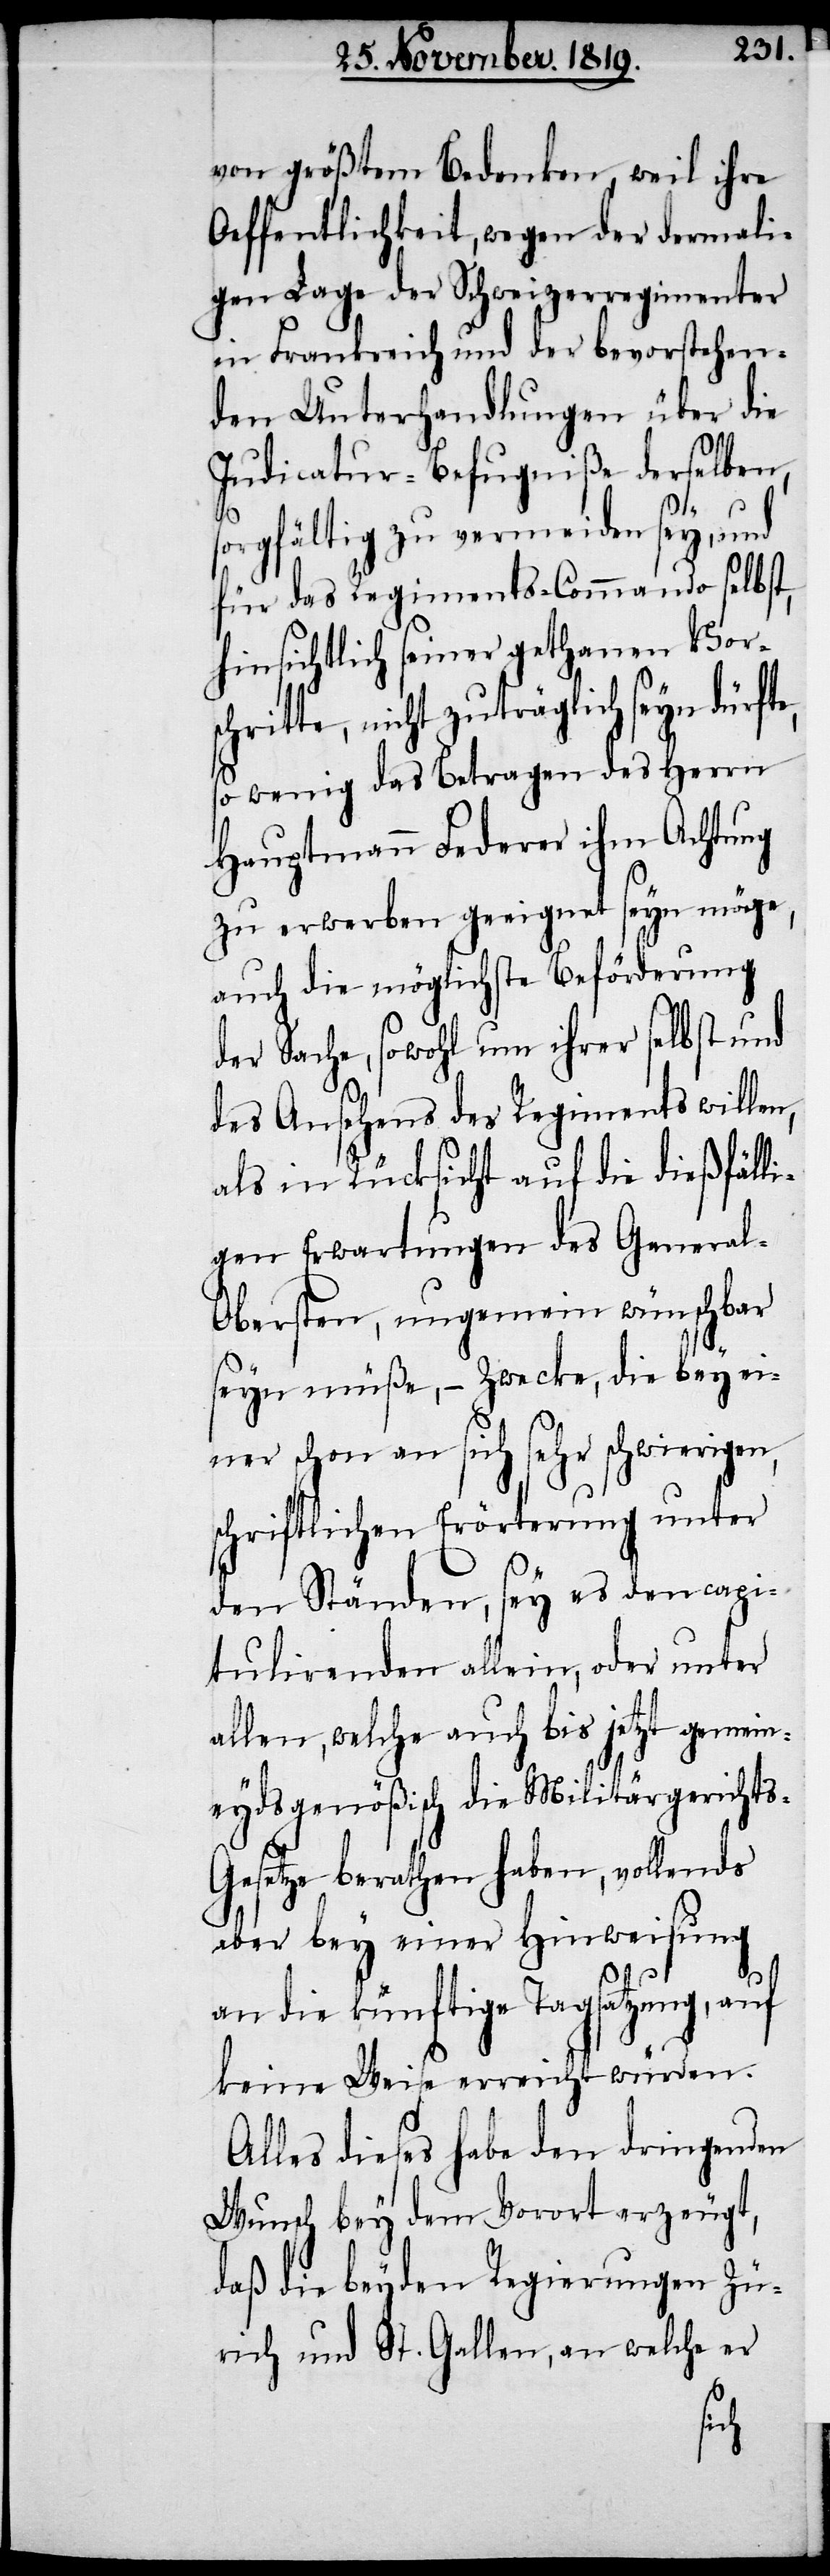
von größtem Bedenken, weil ihre
Oeffentlichkeit, wegen der dermali¬
gen Lage der Schweizerregimenter
in Frankreich und der bevorstehen¬
den Unterhandlungen über die
Iudicatur-Befugniße derselben,
orgfältig zu vermeiden sey, und
für das Regiments-Commando selbst,
hinsichtlich seiner gethanen Vors¬
ritte, nicht zuträglich seyn dürf¬
so wenig das Betragen des Herrn
Hauptmann Federer ihm Achtung
zu erwerben geeignet seyn möge,
auch die möglichste Beförderung
der Sache, sowohl um ihrer selbst und
des Ansehens des Regiments willen,
als in Rücksicht auf die dießfälli¬
gen Erwartungen der Genera¬
l-Obersten, ungemein wünschbar
seyn müße, – Zwecke, die bey ei¬
ner schon an sich sehr schwierigen,
schriftlichen Erörterung unter
den Ständen, sey es den capi¬
tulirenden allein, oder unter
allen, welche auch bis jetzt gemein¬
eydsgenößisch die Militärgerichts-G¬
esetze berathen haben, vollends
aber bey einer Hinweisung
an die künftige Tagsatzung, auf
keine Weise erreicht würden.
Alles dieses habe den dringenden
Wunsch bey dem Vorort erzeugt,
daß die beyden Regierungen Zü¬
rich und St. Gallen, an welche er
te,